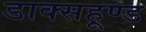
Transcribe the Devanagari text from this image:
डाक्सहूण्ड